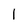
Character: l